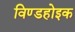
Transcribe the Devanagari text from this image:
विण्डहोइक